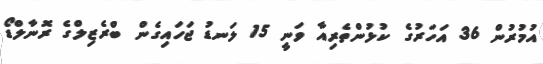
އުމުރުން 36 އަހަރުގެ ކުޅުންތެރިއާ ވަނީ 15 ލަނޑު ޖަހައިގެން ބްރެޒިލްގެ ރޮނާލްޑޯ